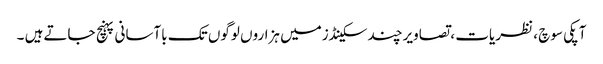
آپکی سوچ ، نظریات ، تصاویرچند سکینڈزمیں ہزاروں لوگوں تک باآسانی پہنچ جاتےہیں ۔